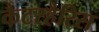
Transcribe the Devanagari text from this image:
कैटरहैरिस